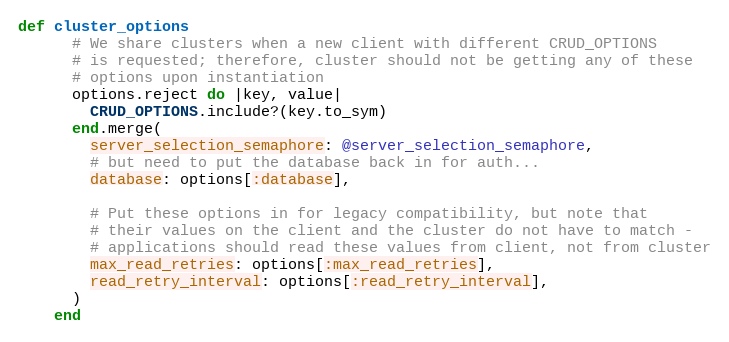
Language: Ruby
def cluster_options
      # We share clusters when a new client with different CRUD_OPTIONS
      # is requested; therefore, cluster should not be getting any of these
      # options upon instantiation
      options.reject do |key, value|
        CRUD_OPTIONS.include?(key.to_sym)
      end.merge(
        server_selection_semaphore: @server_selection_semaphore,
        # but need to put the database back in for auth...
        database: options[:database],

        # Put these options in for legacy compatibility, but note that
        # their values on the client and the cluster do not have to match -
        # applications should read these values from client, not from cluster
        max_read_retries: options[:max_read_retries],
        read_retry_interval: options[:read_retry_interval],
      )
    end